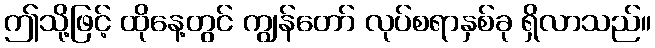
ဤသို့ဖြင့် ထိုနေ့တွင် ကျွန်တော် လုပ်စရာနှစ်ခု ရှိလာသည်။